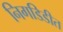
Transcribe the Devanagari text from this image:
निगडिडीत